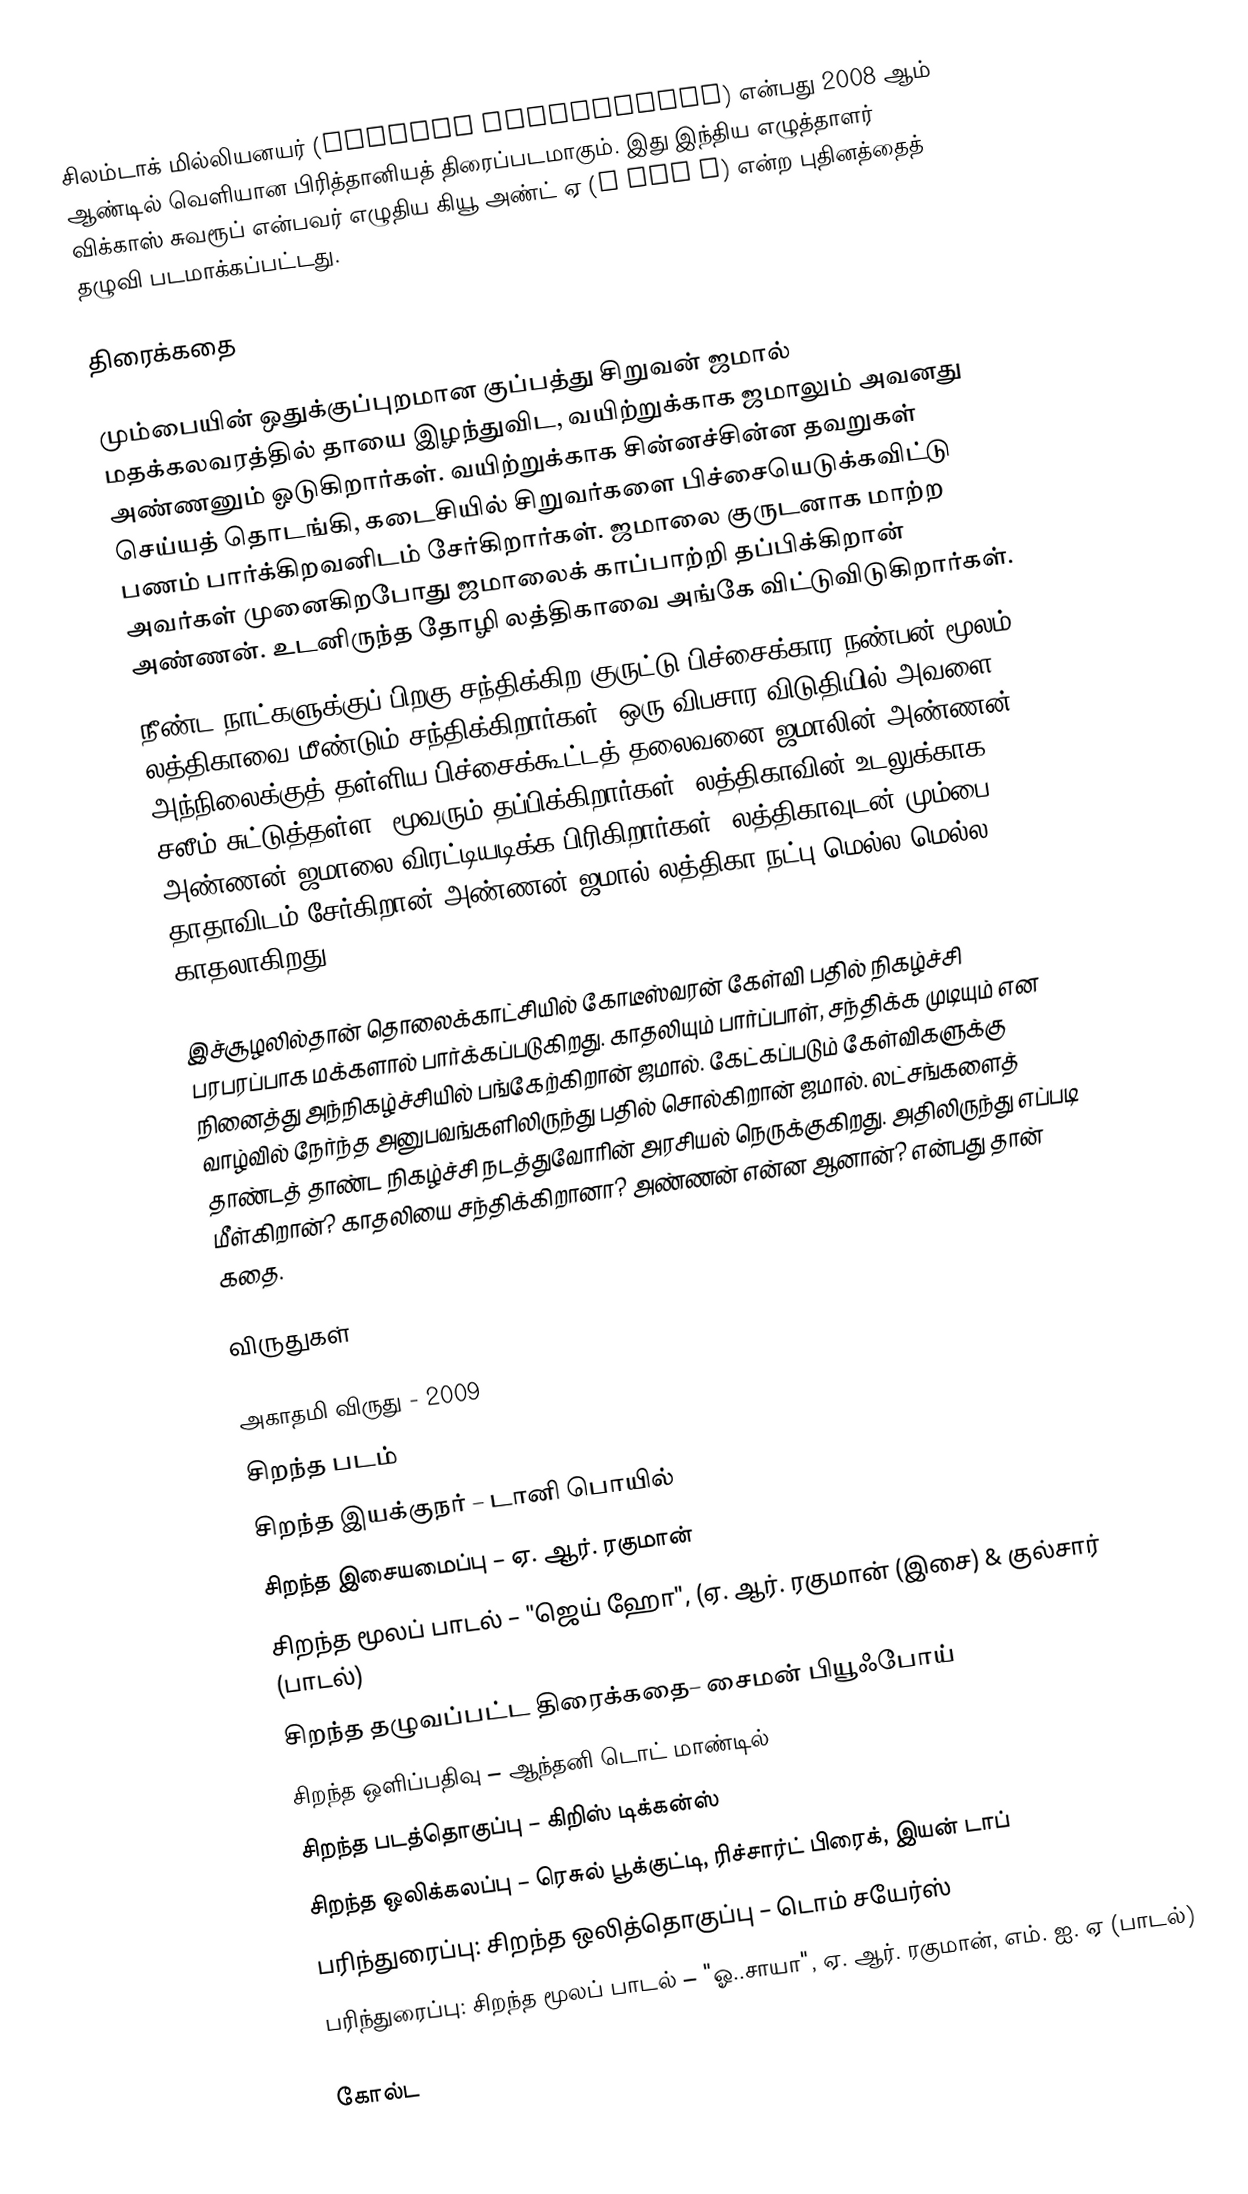
சிலம்டாக் மில்லியனயர் (Slumdog Millionaire) என்பது 2008 ஆம் ஆண்டில் வெளியான பிரித்தானியத் திரைப்படமாகும். இது இந்திய எழுத்தாளர் விக்காஸ் சுவரூப் என்பவர் எழுதிய கியூ அண்ட் ஏ (Q and A) என்ற புதினத்தைத் தழுவி படமாக்கப்பட்டது.

திரைக்கதை

மும்பையின் ஒதுக்குப்புறமான குப்பத்து சிறுவன் ஜமால் மதக்கலவரத்தில் தாயை இழந்துவிட, வயிற்றுக்காக ஜமாலும் அவனது அண்ணனும் ஓடுகிறார்கள். வயிற்றுக்காக சின்னச்சின்ன தவறுகள் செய்யத் தொடங்கி, கடைசியில் சிறுவர்களை பிச்சையெடுக்கவிட்டு பணம் பார்க்கிறவனிடம் சேர்கிறார்கள். ஜமாலை குருடனாக மாற்ற அவர்கள் முனைகிறபோது ஜமாலைக் காப்பாற்றி தப்பிக்கிறான் அண்ணன். உடனிருந்த தோழி லத்திகாவை அங்கே விட்டுவிடுகிறார்கள்.
நீண்ட நாட்களுக்குப் பிறகு சந்திக்கிற குருட்டு பிச்சைக்கார நண்பன் மூலம் லத்திகாவை மீண்டும் சந்திக்கிறார்கள். ஒரு விபசார விடுதியில் அவளை அந்நிலைக்குத் தள்ளிய பிச்சைக்கூட்டத் தலைவனை ஜமாலின் அண்ணன் சலீம் சுட்டுத்தள்ள, மூவரும் தப்பிக்கிறார்கள். லத்திகாவின் உடலுக்காக அண்ணன் ஜமாலை விரட்டியடிக்க பிரிகிறார்கள். லத்திகாவுடன் மும்பை தாதாவிடம் சேர்கிறான் அண்ணன் ஜமால்-லத்திகா நட்பு மெல்ல மெல்ல காதலாகிறது.

இச்சூழலில்தான் தொலைக்காட்சியில் கோடீஸ்வரன் கேள்வி பதில் நிகழ்ச்சி பரபரப்பாக மக்களால் பார்க்கப்படுகிறது. காதலியும் பார்ப்பாள், சந்திக்க முடியும் என நினைத்து அந்நிகழ்ச்சியில் பங்கேற்கிறான் ஜமால். கேட்கப்படும் கேள்விகளுக்கு வாழ்வில் நேர்ந்த அனுபவங்களிலிருந்து பதில் சொல்கிறான் ஜமால். லட்சங்களைத் தாண்டத் தாண்ட நிகழ்ச்சி நடத்துவோரின் அரசியல் நெருக்குகிறது. அதிலிருந்து எப்படி மீள்கிறான்? காதலியை சந்திக்கிறானா? அண்ணன் என்ன ஆனான்? என்பது தான் கதை.

விருதுகள்

அகாதமி விருது - 2009
 சிறந்த படம்
 சிறந்த இயக்குநர் – டானி பொயில்
 சிறந்த இசையமைப்பு – ஏ. ஆர். ரகுமான்
 சிறந்த மூலப் பாடல் – "ஜெய் ஹோ", (ஏ. ஆர். ரகுமான் (இசை) & குல்சார் (பாடல்)
 சிறந்த தழுவப்பட்ட திரைக்கதை– சைமன் பியூஃபோய்
 சிறந்த ஒளிப்பதிவு – ஆந்தனி டொட் மாண்டில்
 சிறந்த படத்தொகுப்பு – கிறிஸ் டிக்கன்ஸ்
 சிறந்த ஒலிக்கலப்பு – ரெசுல் பூக்குட்டி, ரிச்சார்ட் பிரைக், இயன் டாப்
 பரிந்துரைப்பு: சிறந்த ஒலித்தொகுப்பு – டொம் சயேர்ஸ்
 பரிந்துரைப்பு: சிறந்த மூலப் பாடல் – "ஓ..சாயா", ஏ. ஆர். ரகுமான், எம். ஐ. ஏ (பாடல்)

கோல்ட